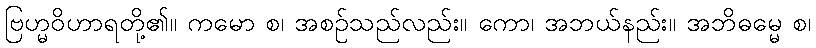
ဗြဟ္မဝိဟာရတို့၏။ ကမော စ၊ အစဉ်သည်လည်း။ ကော၊ အဘယ်နည်း။ အဘိဓမ္မေ စ၊